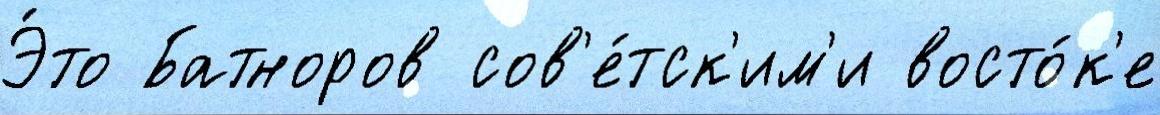
Э́то Батноров сов'е́тск'им'и восто́к'е